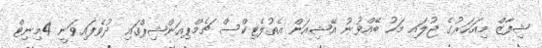
ޝިފާޒް މިއަހަރުގެ ޖުލައި މަހު ބޭއްވުނު އޭޝިއަން އެތުލެޓިކްސް ޗެމްޕިއަންޝިޕްގައި ދުވެފައިވަނީ 4މިނިޓް